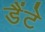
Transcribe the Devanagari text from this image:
डैंटे